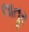
લાતૂર